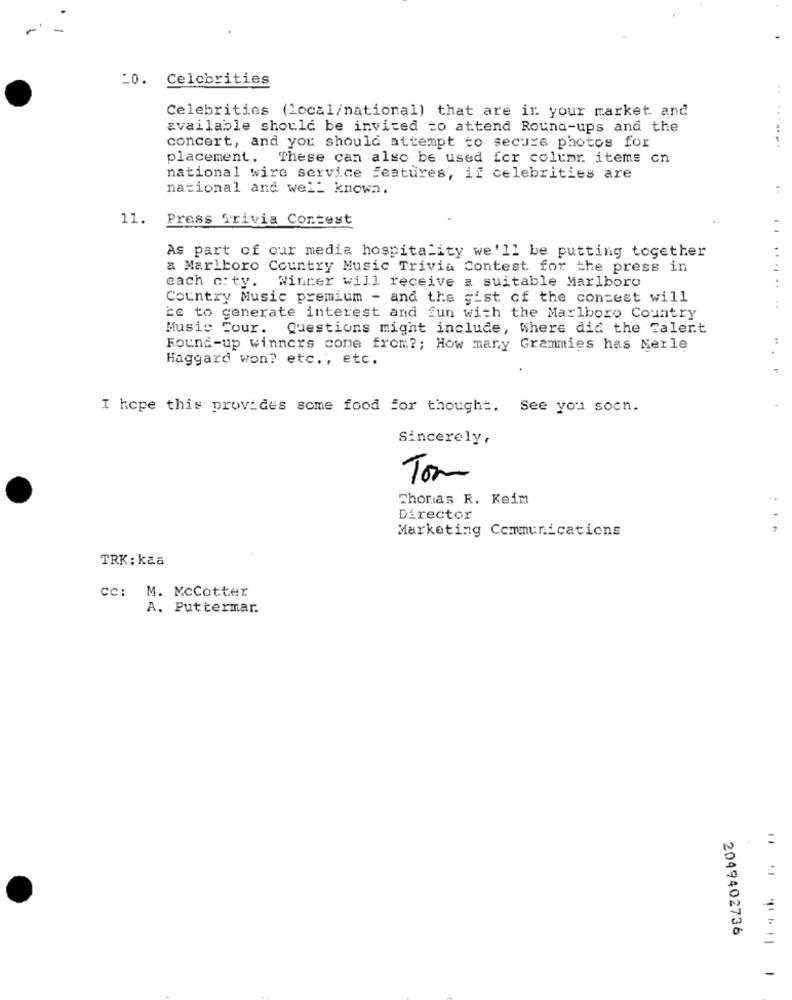
-0. Celebrities
Celebrities (local/national) that are in your market and
available should be invited to attend Round-ups and the
.......
concert, and you should attempt to secure photos for
placement. These can also be used for columr. items on
national wire service features, if celebrities are
national and well known.
11. Press Trivia Contest
As part of our media hospitality we'll be putting together
& Marlboro Country Music Trivia Contest for the press in
each city.
Winrer will receive a suitable Marlboro
......
Country Music premium - and the gist cf the contest will
ce to generate interest and fun with the Marlboro Country
Music Four. Questions might include, Where did the Talent
Round-up winners come from ?; How many Grammies has Merle
Haggard won? etc ., etc.
I hope this provides some food for thought. See you soon.
Sincerely,
Tom
Thomas R. Keim
Director
Marketing Communications
TRK: kza
cc: M. McCotter
A. Puttermar.
2049402736